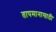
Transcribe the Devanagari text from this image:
तापमानासाठी